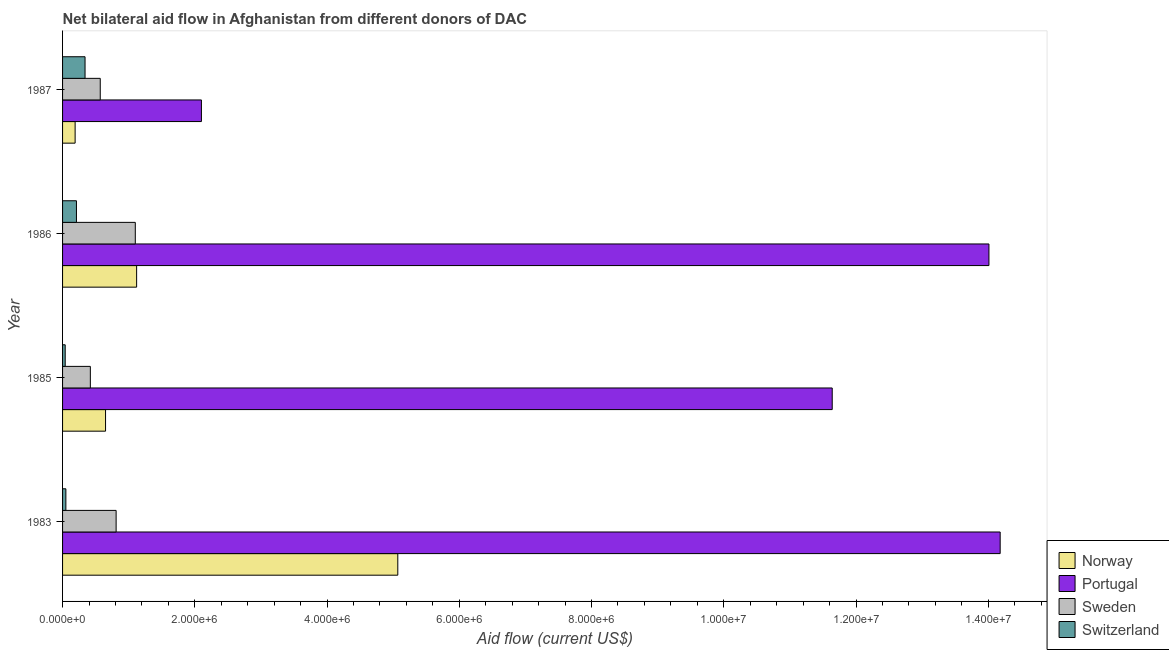
| Year | Norway | Portugal | Sweden | Switzerland |
 | --- | --- | --- | --- | --- |
 | 1983 | 5.07e+06 | 1.42e+07 | 8.1e+05 | 5e+04 |
 | 1985 | 6.5e+05 | 1.16e+07 | 4.2e+05 | 4e+04 |
 | 1986 | 1.12e+06 | 1.4e+07 | 1.1e+06 | 2.1e+05 |
 | 1987 | 1.9e+05 | 2.1e+06 | 5.7e+05 | 3.4e+05 |